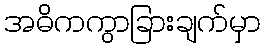
အဓိကကွာခြားချက်မှာ